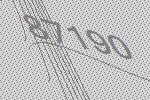
87190